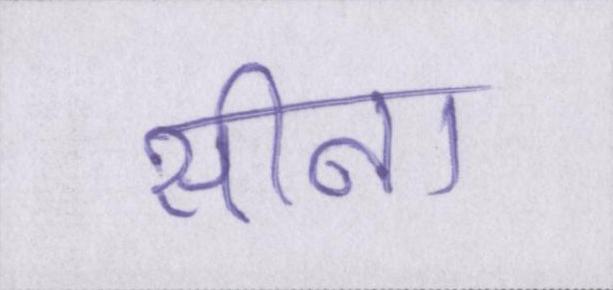
सीना